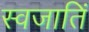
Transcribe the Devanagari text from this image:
स्वजातिं